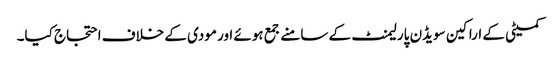
کمیٹی کے اراکین سویڈن پارلیمنٹ کے سامنے جمع ہوئے اور مودی کے خلاف احتجاج کیا۔